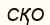
СҚО